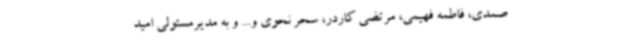
صمدی، فاطمه فهیمی، مرتضی کاردر، سحر نحوی و... و به مدیرمسئولی امید